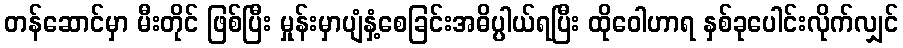
တန်ဆောင်မှာ မီးတိုင် ဖြစ်ပြီး မှုန်းမှာပျံနှံ့စေခြင်းအဓိပ္ပါယ်ရပြီး ထိုဝေါဟာရ နှစ်ခုပေါင်းလိုက်လျှင်